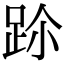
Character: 𨀀